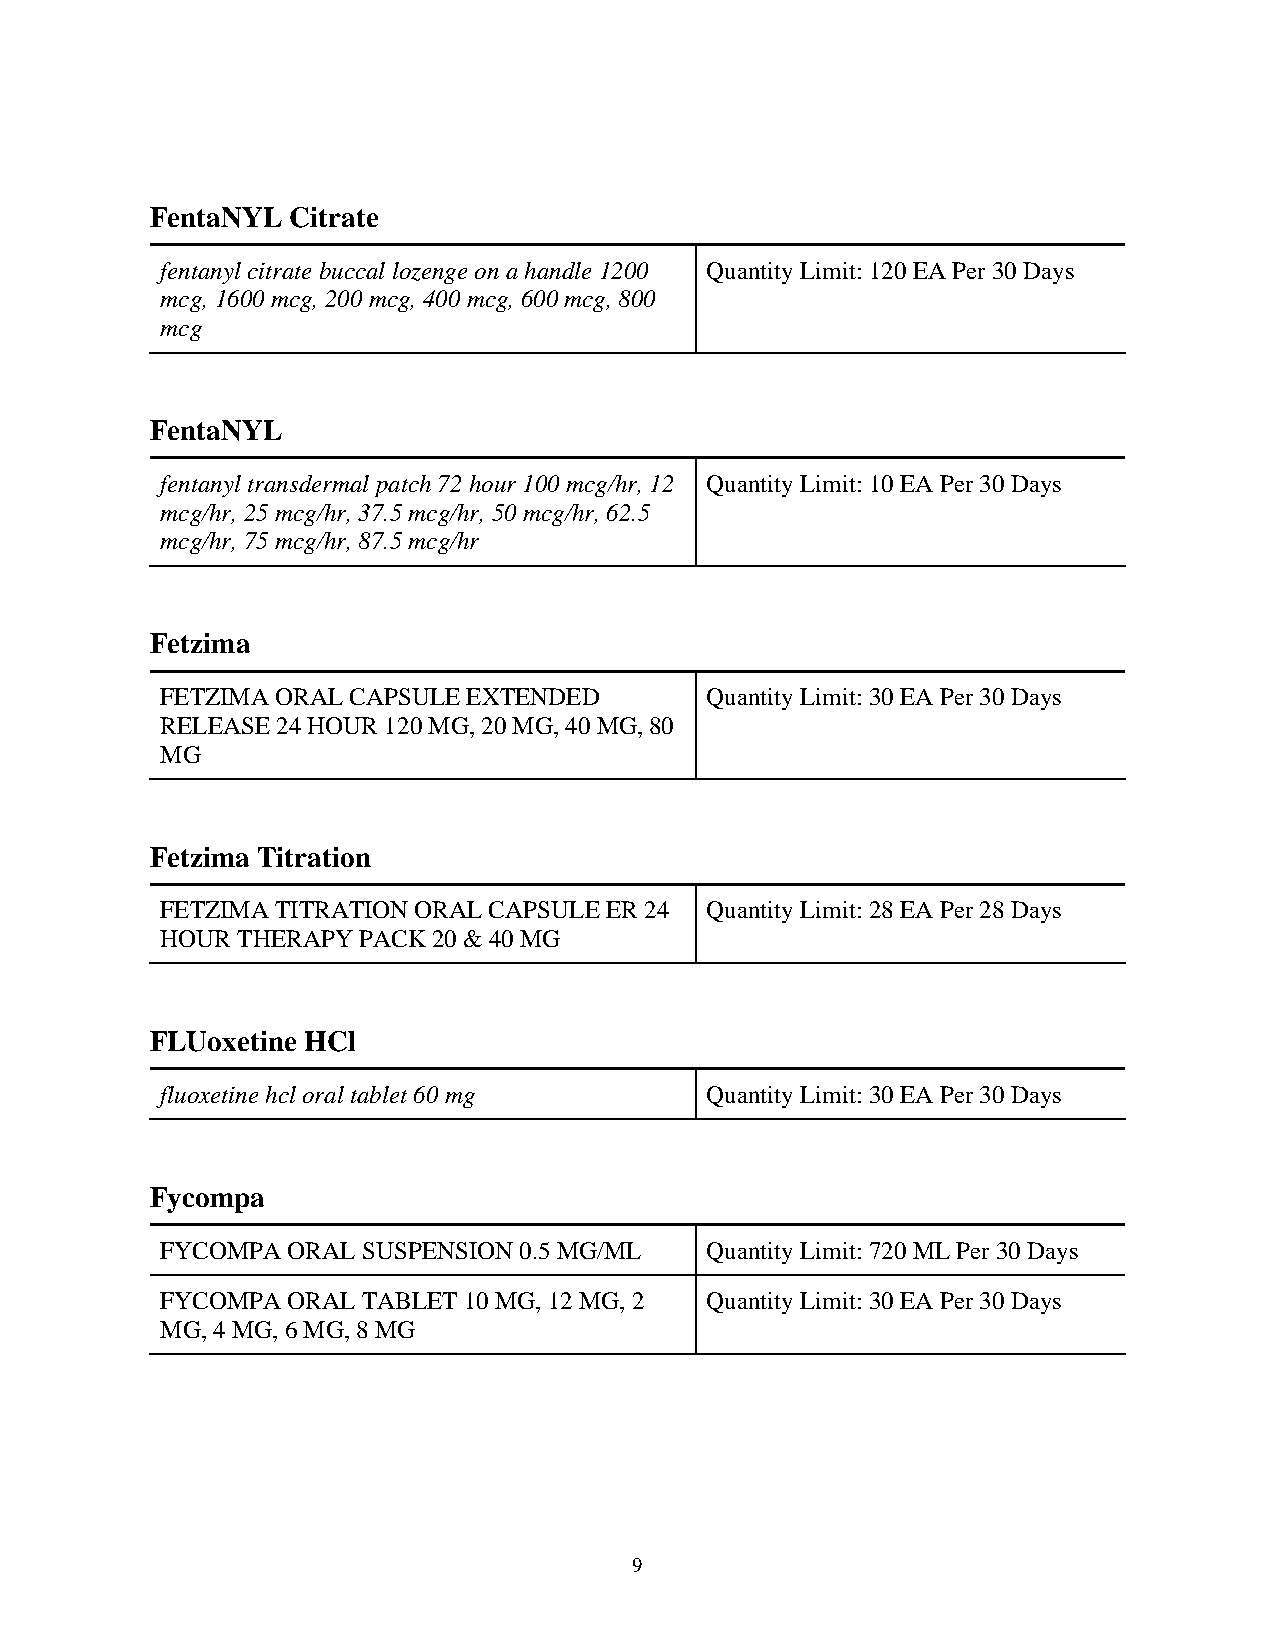
FentaNYL Citrate
 fentanyl citrate buccal lozenge on a handle 1200 Quantity Limit: 120 EA Per 30 Days
 mcg, 1600 mcg, 200 mcg, 400 mcg, 600 mcg, 800
 mcg
 FentaNYL
 fentanyl transdermal patch 72 hour 100 mcg/hr, 12 Quantity Limit: 10 EA Per 30 Days
 mcg/hr, 25 mcg/hr, 37.5 mcg/hr, 50 mcg/hr, 62.5
 mcg/hr, 75 mcg/hr, 87.5 mcg/hr
 Fetzima
 FETZIMA ORAL CAPSULE EXTENDED       Quantity Limit: 30 EA Per 30 Days
 RELEASE 24 HOUR 120 MG, 20 MG, 40 MG, 80
 MG
 Fetzima Titration
 FETZIMA TITRATION ORAL CAPSULE ER 24 Quantity Limit: 28 EA Per 28 Days
 HOUR THERAPY PACK 20 & 40 MG
 FLUoxetine HCl
 fluoxetine hcl oral tablet 60 mg    Quantity Limit: 30 EA Per 30 Days
 Fycompa
 FYCOMPA ORAL SUSPENSION 0.5 MG/ML   Quantity Limit: 720 ML Per 30 Days
 FYCOMPA ORAL TABLET 10 MG, 12 MG, 2 Quantity Limit: 30 EA Per 30 Days
 MG, 4 MG, 6 MG, 8 MG
 9